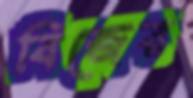
বিজের